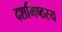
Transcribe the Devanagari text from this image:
दशमिष्ठस्य